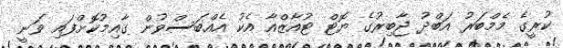
ކުރީގެ މެމްބަރު އަބްދު ޖާބިރުގެ ޔޮޓް ޓުއާޒްއާ އެކު އެއްބަސްވުން ގާއިމުކޮށްފައި ވަނީ